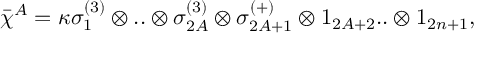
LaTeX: \bar { \chi } ^ { A } = \kappa \sigma _ { 1 } ^ { ( 3 ) } \otimes . . \otimes \sigma _ { 2 A } ^ { ( 3 ) } \otimes \sigma _ { 2 A + 1 } ^ { ( + ) } \otimes 1 _ { 2 A + 2 } . . \otimes 1 _ { 2 n + 1 } ,